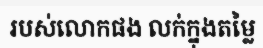
របស់លោកផង លក់ក្នុងតម្លៃ